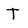
Character: T